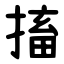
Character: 搐